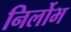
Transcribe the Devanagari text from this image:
निर्लोभ